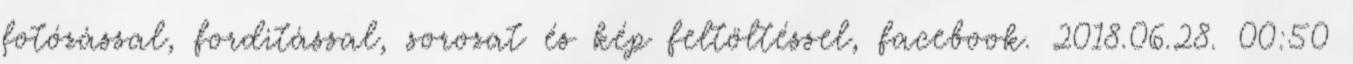
fotózással, forditással, sorozat és kép feltöltéssel, facebook. 2018.06.28. 00:50